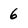
Character: 6